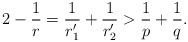
LaTeX: \begin{align*}2- \frac{1}{r}=\frac{1}{r_1'}+\frac{1}{r_2'}> \frac{1}{p}+\frac{1}{q}.\end{align*}